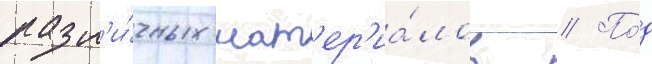
разл'и́чных мат'ер'иа́лов // По́д